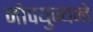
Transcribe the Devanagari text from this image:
नोपयुज्यन्ते